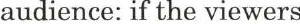
audience: if the viewers